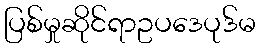
ပြစ်မှုဆိုင်ရာဥပဒေပုဒ်မ